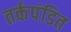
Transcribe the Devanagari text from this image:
तर्कपंडित